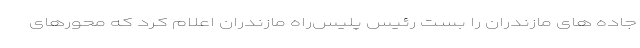
جاده های مازندران را بست رئیس پلیس‌راه مازندران اعلام کرد که محور‌های